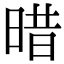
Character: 𣈏